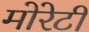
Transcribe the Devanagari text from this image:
मोरेटी